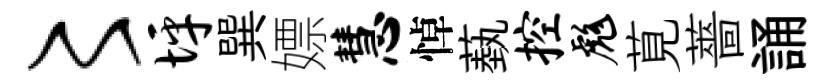
〻坪巽嫖慧悼蓺控彪莧薔誦